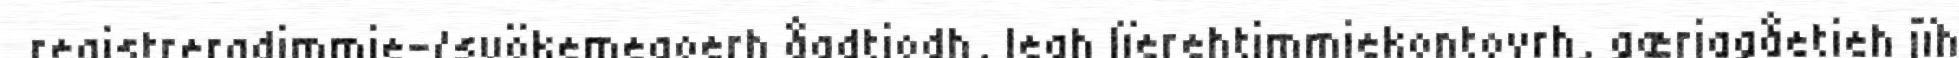
registreradimmie-/syökemegoerh åadtjodh, leah lïerehtimmiekontovrh, gærjagåetieh jïh